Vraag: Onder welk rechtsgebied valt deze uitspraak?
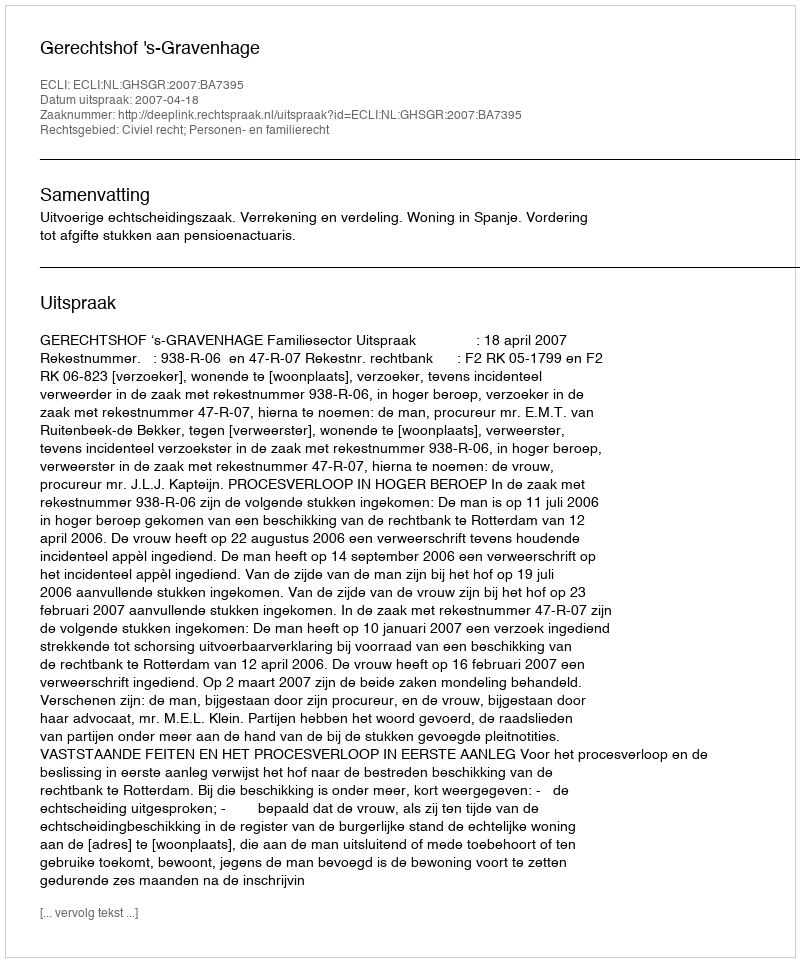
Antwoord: Civiel recht; Personen- en familierecht